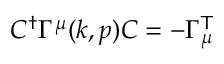
C ^ { \dagger } \Gamma ^ { \mu } ( k , p ) C = - \Gamma _ { \mu } ^ { \sf T }